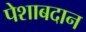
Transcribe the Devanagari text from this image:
पेशाबदान